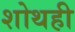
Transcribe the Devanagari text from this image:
शोथही